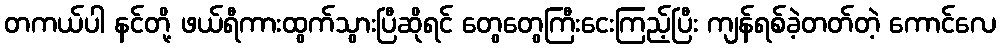
တကယ်ပါ နင်တို့ ဖယ်ရီကားထွက်သွားပြီဆိုရင် တွေတွေကြီးငေးကြည့်ပြီး ကျန်ရစ်ခဲ့တတ်တဲ့ ကောင်လေ